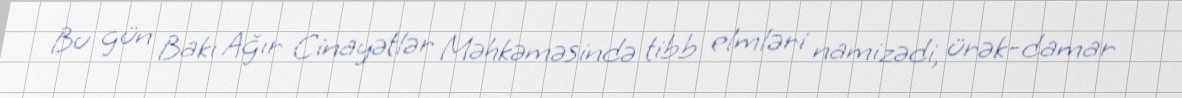
Bu gün Bakı Ağır Cinayətlər Məhkəməsində tibb elmləri namizədi, ürək-damar